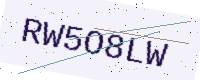
Text: RW5O8LW